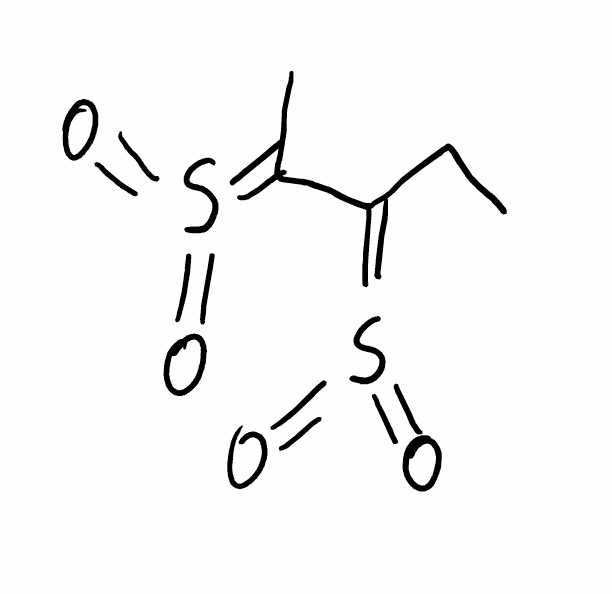
Simplified molecular-input line-entry system (SMILES) notation of the given molecule:
CCC(=S(=O)=O)C(=S(=O)=O)C